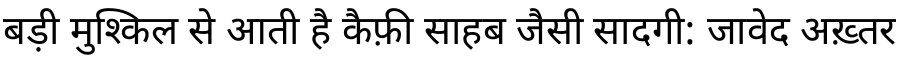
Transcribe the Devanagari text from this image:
बड़ी मुश्किल से आती है कैफ़ी साहब जैसी सादगी: जावेद अख़्तर